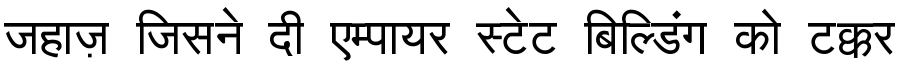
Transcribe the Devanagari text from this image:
जहाज़ जिसने दी एम्पायर स्टेट बिल्डिंग को टक्कर